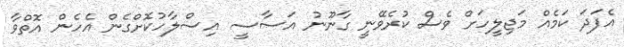
އެފަދަ ކަމެއް މަޖިލީހަށް ވެސް ކުރެވޭނީ ގާނޫނު އަސާސީ އިސްލާހުކޮށްގެން އެހެން އޮތްވާ